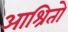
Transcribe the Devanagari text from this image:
आश्रितो